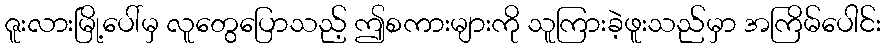
ဇူးလားမြို့ပေါ်မှ လူတွေပြောသည့် ဤစကားများကို သူကြားခဲ့ဖူးသည်မှာ အကြိမ်ပေါင်း